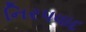
નિરપવાદ